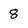
Character: 8